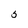
Character: 5